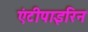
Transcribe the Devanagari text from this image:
एंटीपाइरिन